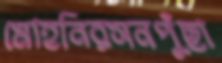
মোহনিরসনপুঁছা